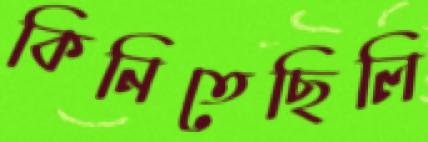
কিনিতেছিলি